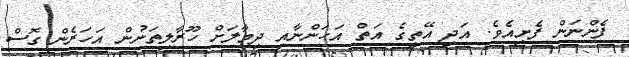
ފެންނަން ފެށިއެވެ. އަދި އޭތީގެ އަތް އަހަންނާއި ދިމާލަށް ހޫރާލިތަނުން އަހަރެން ގޮސް